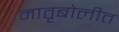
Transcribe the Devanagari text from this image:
मातृबोलीत